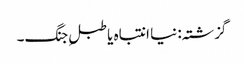
گزشتہ: نیا انتباہ یا طبلِ جنگ۔